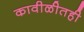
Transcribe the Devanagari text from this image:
कावीळीतही